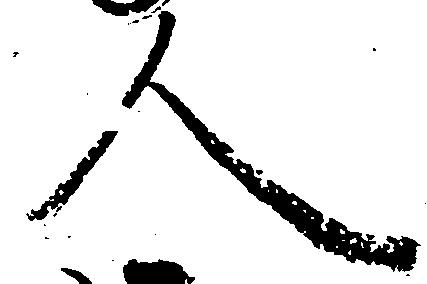
人